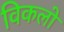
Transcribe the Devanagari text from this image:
विकलो